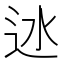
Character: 𨑾